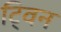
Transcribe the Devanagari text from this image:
टि्वन